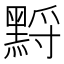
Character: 𪑋